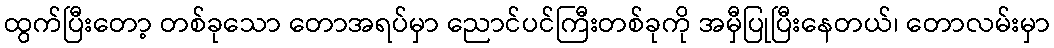
ထွက်ပြီးတော့ တစ်ခုသော တောအရပ်မှာ ညောင်ပင်ကြီးတစ်ခုကို အမှီပြုပြီးနေတယ်၊ တောလမ်းမှာ